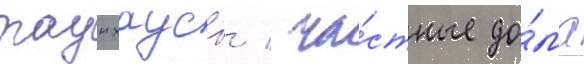
таунхаусы / ча́стные до́ма